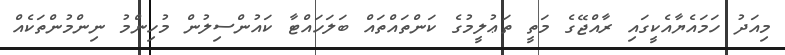
މިއަދު ހަމައެޔާއެކީގައި ރާއްޖޭގެ މަތީ ތަޢުލީމުގެ ކަންތައްތައް ބަލަހައްޓާ ކައުންސިލުން މުހިންމު ނިންމުންތަކެއް